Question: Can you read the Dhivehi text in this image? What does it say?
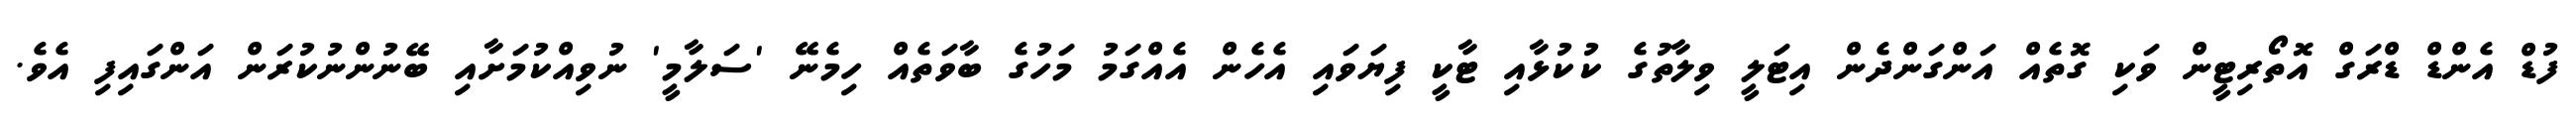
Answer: ފުޑް އެންޑް ޑްރަގް އޮތޯރިޓީން ވަކި ގޮތެއް އަންގަންދެން އިޓަލީ ވިލާތުގެ ކުކުޅާއި ޓާކީ ފިޔަވައި އެހެން އެއްގަމު މަހުގެ ބާވަތެއް ހިމެނޭ 'ސަލާމީ' ނުވިއްކުމަށާއި ބޭނުންނުކުރަން އަންގައިފި އެވެ.